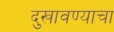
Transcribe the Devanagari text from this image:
दुखावण्याचा